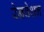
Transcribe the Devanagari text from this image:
रेनवेशन